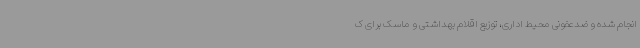
انجام شده و ضدعفونی محیط اداری، توزیع اقلام بهداشتی و ماسک برای ک